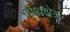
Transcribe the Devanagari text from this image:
तीथक्षेत्र